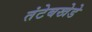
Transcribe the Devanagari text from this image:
तंटेबखेडे